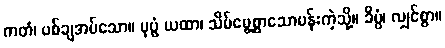
ကတံ၊ ပစ်ချအပ်သော။ ပုပ္ဖံ ယထာ၊ သိမ်မွေ့စွာသောပန်းကဲ့သို့။ ခိပ္ပံ၊ လျှင်စွာ။